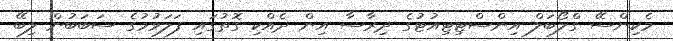
މެކިންސޭ ގްލޯބަލް އިންސްޓިޓިއުޓުގެ ދިރާސާ އިން ދެއްކި ގޮތުގައި ފަލަވުމުގެ ސަބަބުން ލިބޭ